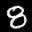
Label: 8